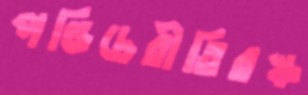
পণ্ডিচেরীতিরস্ক